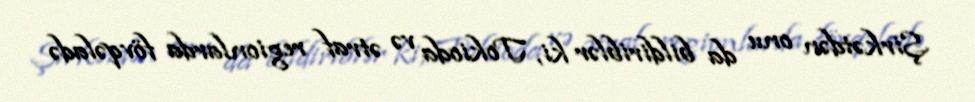
Şirkətdən onu da bildiriblər ki, Tokioda və ətraf regionlarda fövqəladə